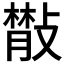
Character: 𢿨